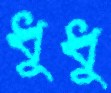
ধুধু